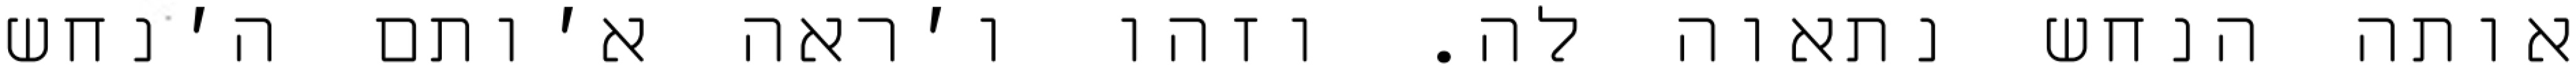
אותה הנחש נתאוה לה. וזהו ו׳ראה א׳ותם ה׳נחש